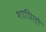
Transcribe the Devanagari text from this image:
शापितो